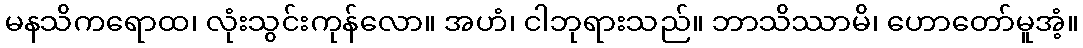
မနသိကရောထ၊ လုံးသွင်းကုန်လော။ အဟံ၊ ငါဘုရားသည်။ ဘာသိဿာမိ၊ ဟောတော်မူအံ့။